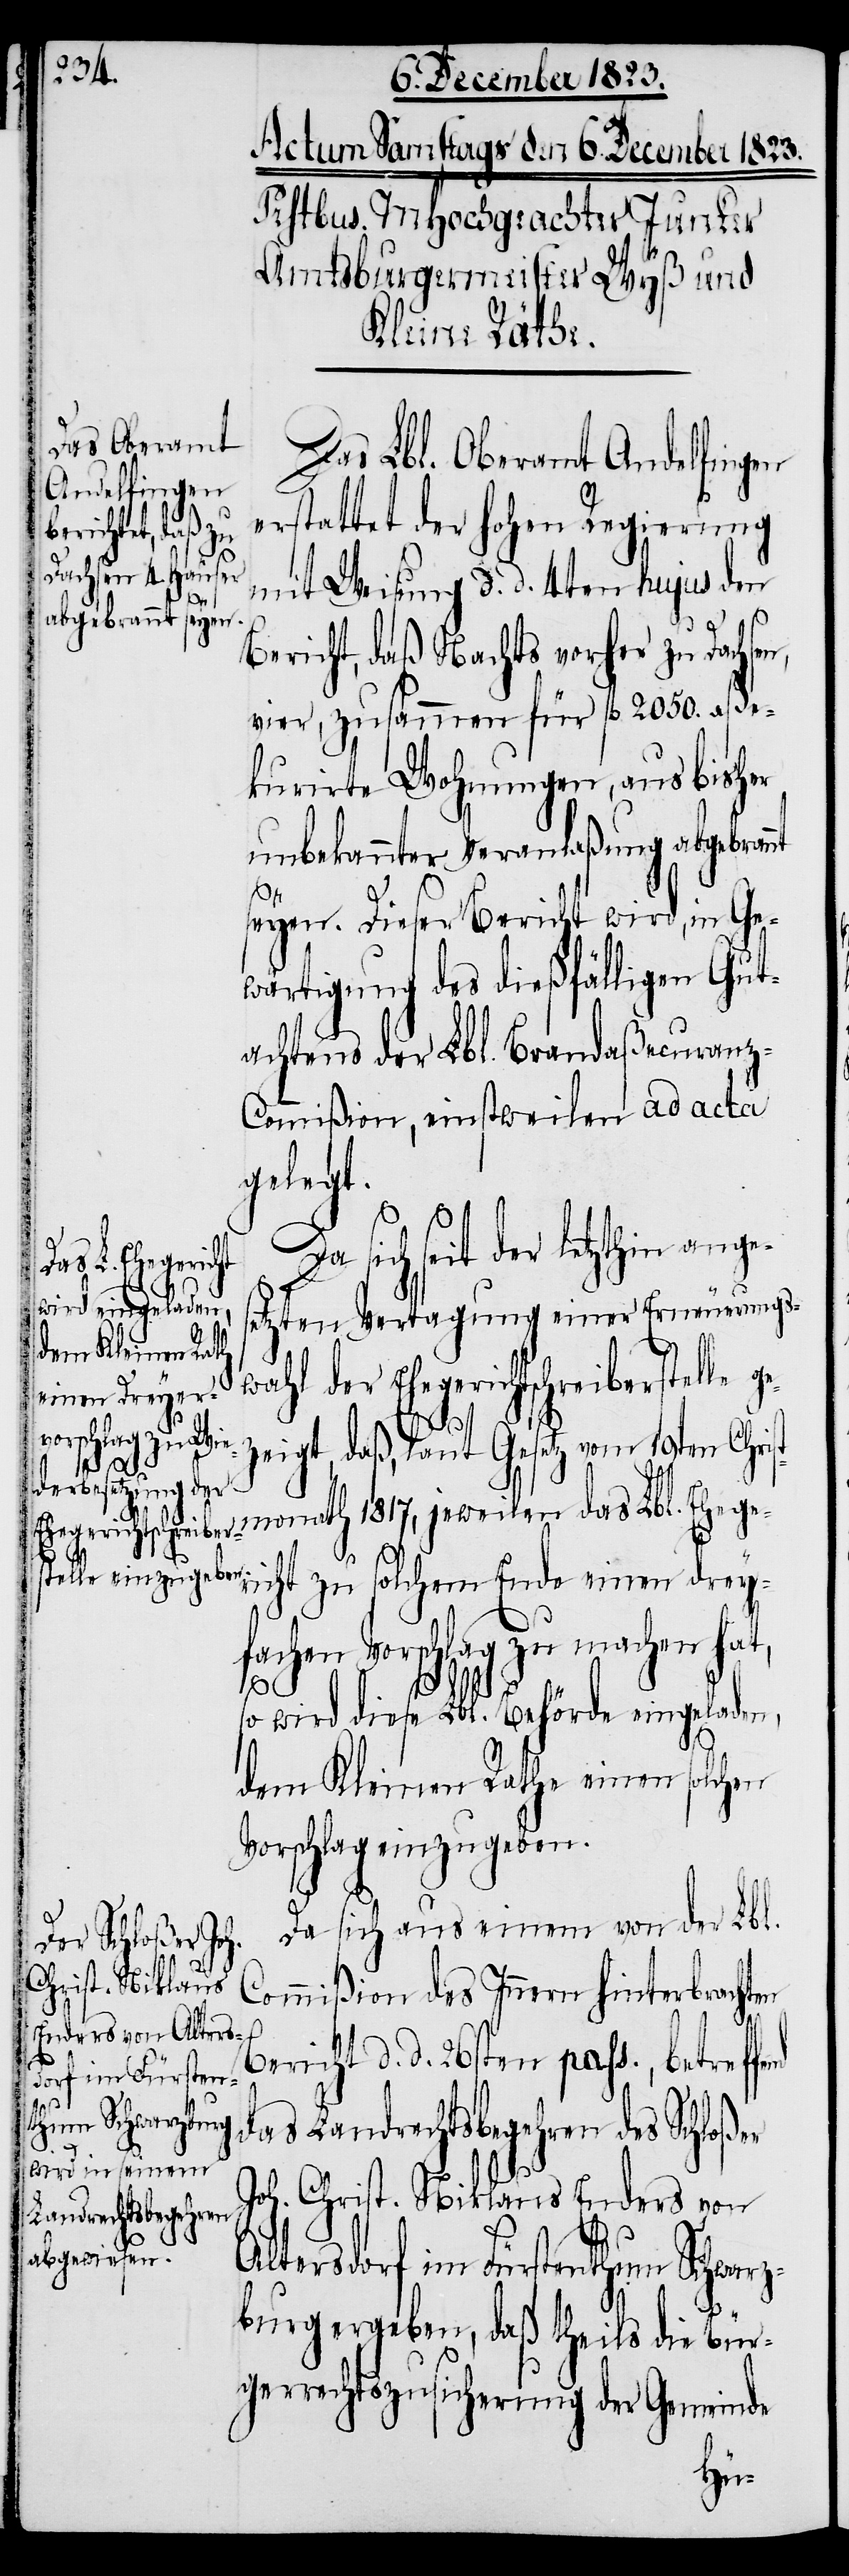
Das Lbl. Oberamt Andelfingen
erstattet der hohen Regierung
mit Weisung d. d. 4ten hujus den
Bericht, daß Nachts vorher zu Dachse¬
vier, zusammen für fl 2050. aße¬
kurirte Wohnungen, aus bisher
unbekannter Veranlaßung abgebrannt
seyen. Dieser Bericht wird, in Ge¬
wärtigung des dießfälligen Gut¬
achtens der Lbl. Brandaßecuranz-C¬
ommißion, einstweilen ad acta
gelegt.
seit der letzthin ange¬
setzten Vertagung einer Erneuerungs¬
wahl der Ehegerichtschreiberstelle g¬
zeigt, daß, laut Gesetz vom 19ten Chris¬
tmonath 1817, jeweilen das Lbl. Eheger¬
icht zu solchem Ende einen drey¬
fachen Vorschlag zu machen hat,
so wird diese Lbl. Behörde eingeladen,
dem Kleinen Rathe einen solchen
Vorschlag einzugeben.
Da sich aus einem von der Lbl.
e¬
Commißion des Innern hinterbrachten
Bericht d. d. 26sten pass., betreff¬
das Landrechtsbegehren des Schloßer
Joh. Christ. Niklaus Enders von
Altersdorf im Fürstenthum Schwarz¬
burg ergeben, daß theils die Bür¬
gerrechtszusicherung der Gemeinde
end